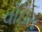
વોઇસ